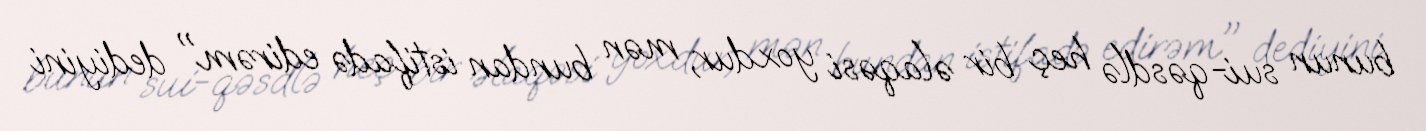
bunun sui-qəsdlə heç bir əlaqəsi yoxdur, mən bundan istifadə edirəm" dediyini